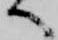
へ